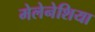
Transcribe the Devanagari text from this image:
मेलेनेशिया